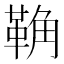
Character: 𩊺